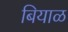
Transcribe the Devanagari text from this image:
बियाळ